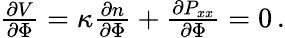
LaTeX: \begin{array}{r}{\frac{\partial V}{\partial\Phi}=\kappa\frac{\partial n}{\partial\Phi}+\frac{\partial P_{xx}}{\partial\Phi}=0\, .}\end{array}